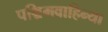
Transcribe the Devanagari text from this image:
पश्चिमवाहिन्या